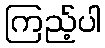
ကြည့်ပါ